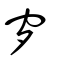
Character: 穸